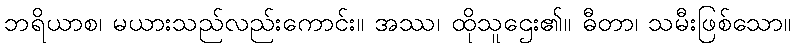
ဘရိယာစ၊ မယားသည်လည်းကောင်း။ အဿ၊ ထိုသူဌေး၏။ ဓီတာ၊ သမီးဖြစ်သော။